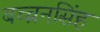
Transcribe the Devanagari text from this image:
बच्चनसिंह